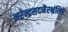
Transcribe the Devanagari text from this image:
नरेन्द्रसदनैरभ्रंलिहे